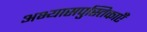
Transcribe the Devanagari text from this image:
अभ्यासपुस्तिकाएँ